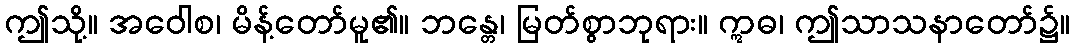
ဤသို့။ အဝေါစ၊ မိန့်တော်မူ၏။ ဘန္တေ၊ မြတ်စွာဘုရား။ ဣဓ၊ ဤသာသနာတော်၌။